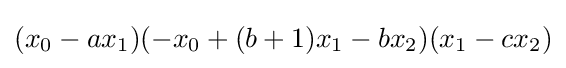
(x_{0}-ax_{1})(-x_{0}+(b+1)x_{1}-bx_{2})(x_{1}-cx_{2})